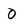
Character: O